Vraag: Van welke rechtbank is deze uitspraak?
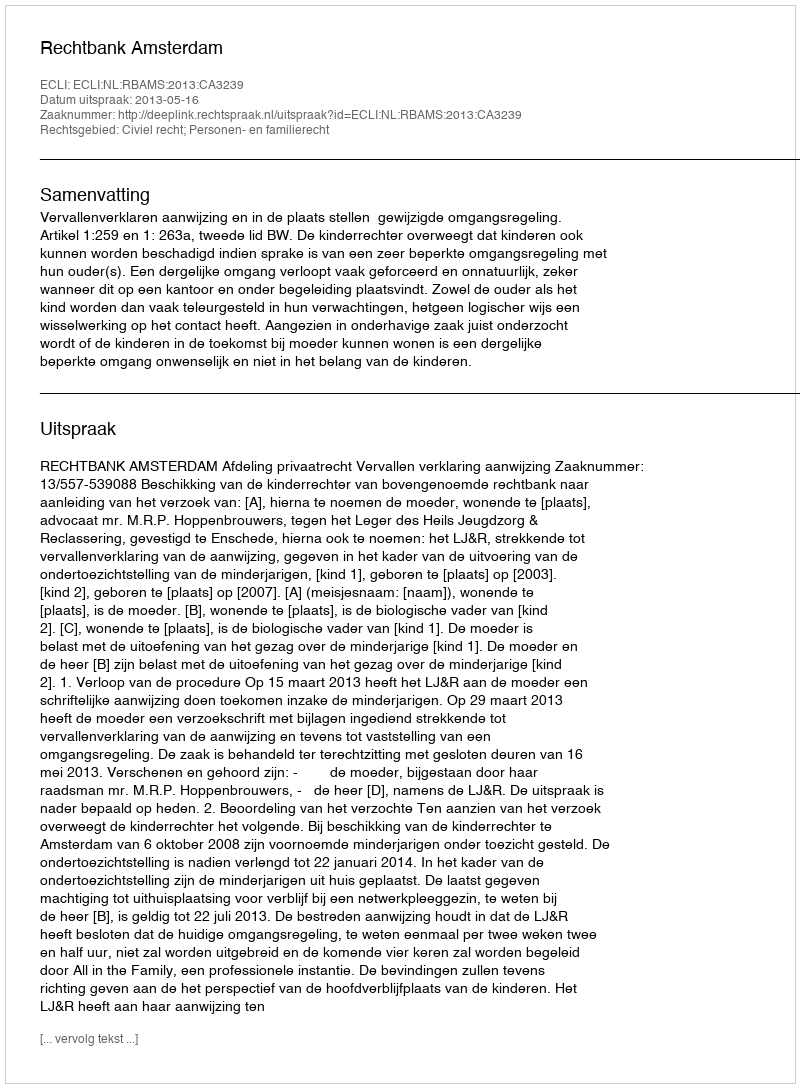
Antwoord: Rechtbank Amsterdam